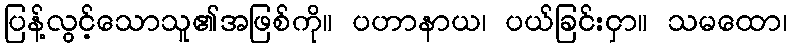
ပြန့်လွင့်သောသူ၏အဖြစ်ကို။ ပဟာနာယ၊ ပယ်ခြင်းငှာ။ သမထော၊